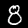
Digit: 8